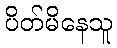
ပိတ်မိနေသူ